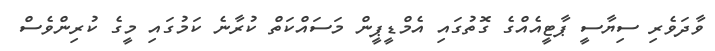
ވާދަވެރި ސިޔާސީ ޕާޓީއެއްގެ ގޮތުގައި އެމްޑީޕީން މަސައްކަތް ކުރާނެ ކަމުގައި މީގެ ކުރިންވެސް